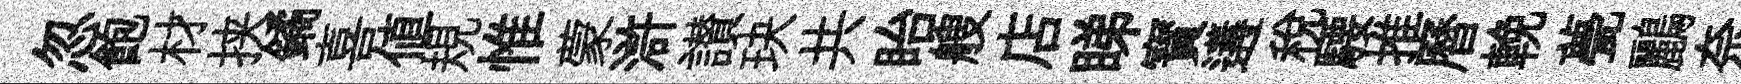
忽飽材挟鐍喜值規惟蒙滸讃玦共眙艘店睇寳遘税騕推曆輓甍鸝奈